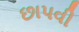
છાપવી